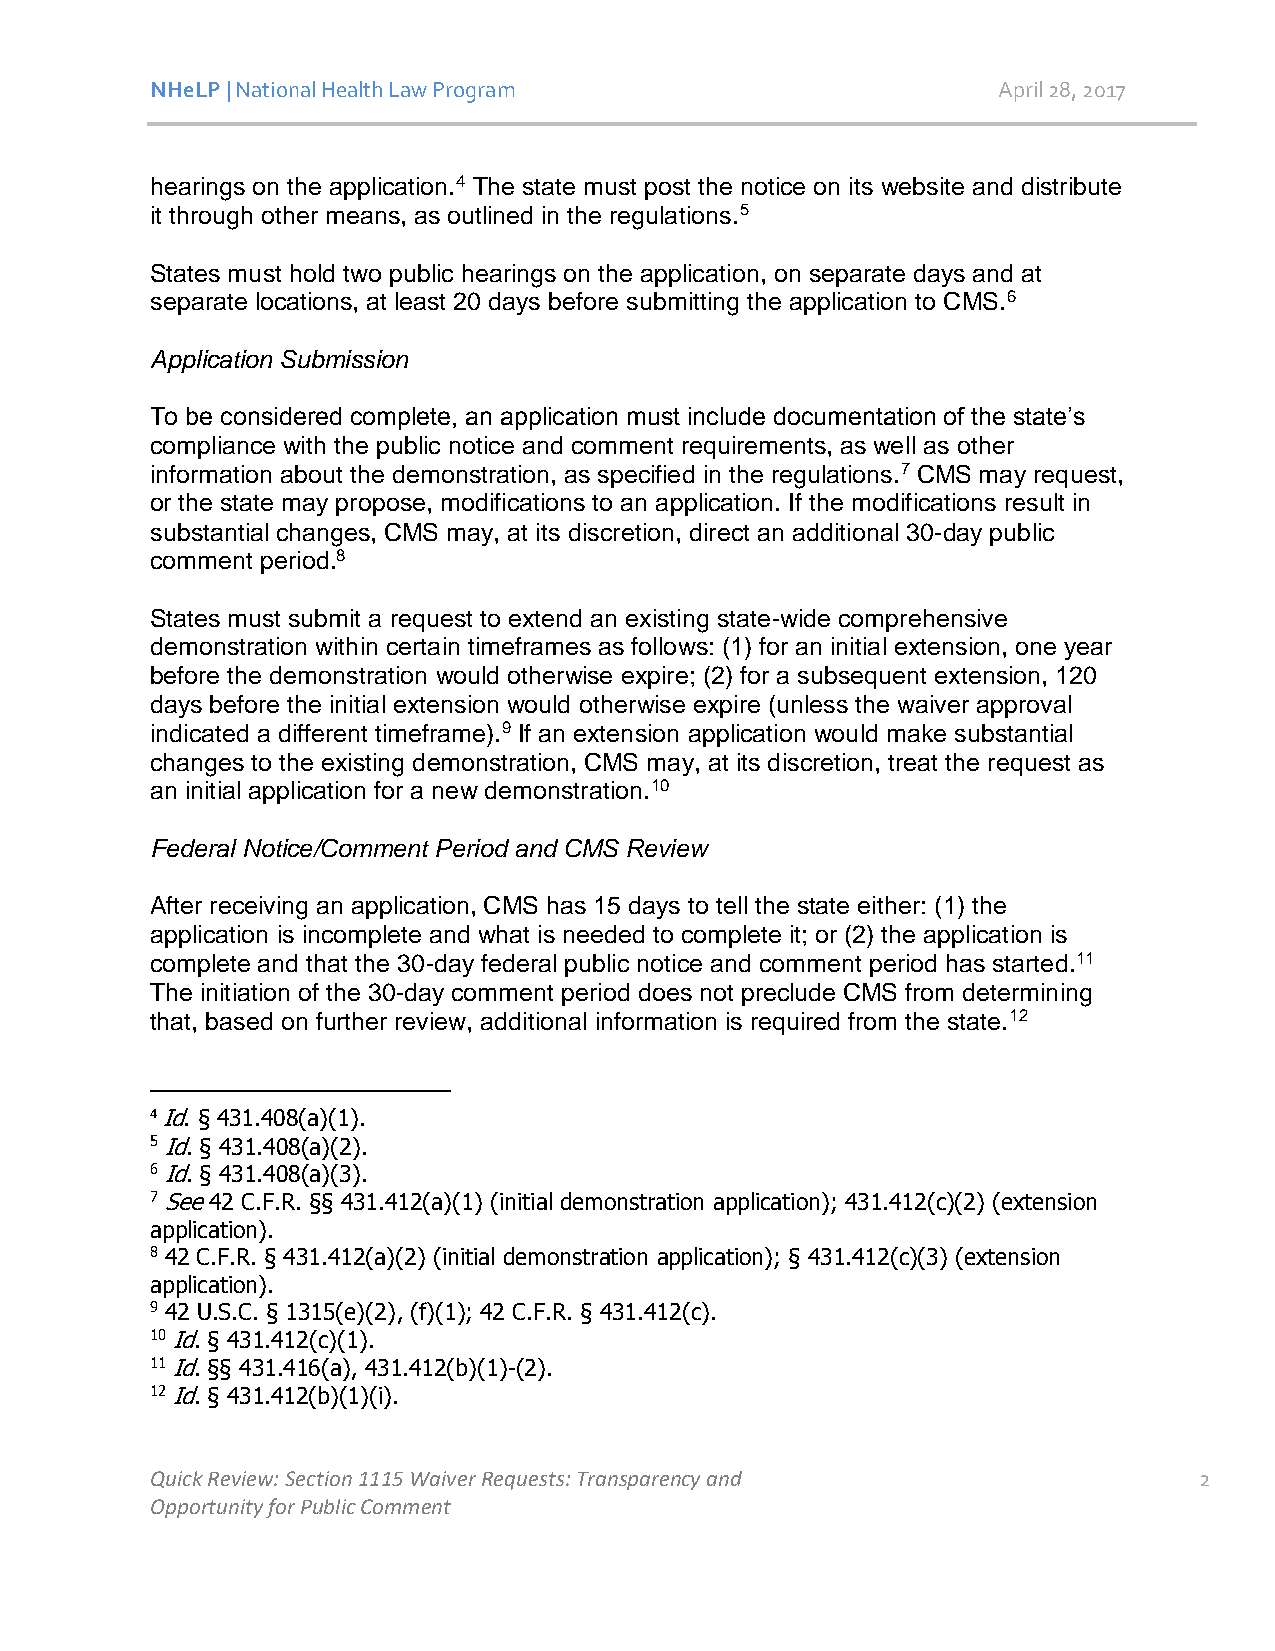
NHeLP | National Health Law Program                     April 28, 2017
 hearings on the application.4 The state must post the notice on its website and distribute
 it through other means, as outlined in the regulations.5
 States must hold two public hearings on the application, on separate days and at
 separate locations, at least 20 days before submitting the application to CMS.6
 Application Submission
 To be considered complete, an application must include documentation of the state’s
 compliance with the public notice and comment requirements, as well as other
 information about the demonstration, as specified in the regulations.7 CMS may request,
 or the state may propose, modifications to an application. If the modifications result in
 substantial changes, CMS may, at its discretion, direct an additional 30-day public
 comment period.8
 States must submit a request to extend an existing state-wide comprehensive
 demonstration within certain timeframes as follows: (1) for an initial extension, one year
 before the demonstration would otherwise expire; (2) for a subsequent extension, 120
 days before the initial extension would otherwise expire (unless the waiver approval
 indicated a different timeframe).9 If an extension application would make substantial
 changes to the existing demonstration, CMS may, at its discretion, treat the request as
 an initial application for a new demonstration.10
 Federal Notice/Comment Period and CMS Review
 After receiving an application, CMS has 15 days to tell the state either: (1) the
 application is incomplete and what is needed to complete it; or (2) the application is
 complete and that the 30-day federal public notice and comment period has started.11
 The initiation of the 30-day comment period does not preclude CMS from determining
 that, based on further review, additional information is required from the state.12
 4 Id. § 431.408(a)(1).
 5 Id. § 431.408(a)(2).
 6 Id. § 431.408(a)(3).
 7 See 42 C.F.R. §§ 431.412(a)(1) (initial demonstration application); 431.412(c)(2) (extension
 application).
 8 42 C.F.R. § 431.412(a)(2) (initial demonstration application); § 431.412(c)(3) (extension
 application).
 9 42 U.S.C. § 1315(e)(2), (f)(1); 42 C.F.R. § 431.412(c).
 10 Id. § 431.412(c)(1).
 11 Id. §§ 431.416(a), 431.412(b)(1)-(2).
 12 Id. § 431.412(b)(1)(i).
 Quick Review: Section 1115 Waiver Requests: Transparency and         2
 Opportunity for Public Comment